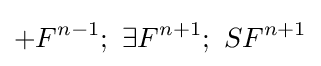
+F^{n-1};\ \exists F^{n+1};\ SF^{n+1}